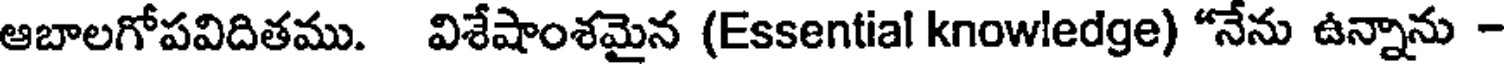
ఆబాలగోపవిదితము. విశేషాంశమైన (Essential knowledge) "నేను ఉన్నాను -